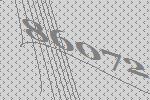
86072